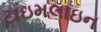
ટાઇમલાઇન